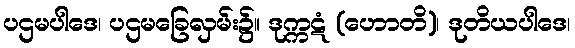
ပဌမပါဒေ၊ ပဌမခြေလှမ်း၌။ ဒုက္ကဋံ (ဟောတိ)၊ ဒုတိယပါဒေ၊